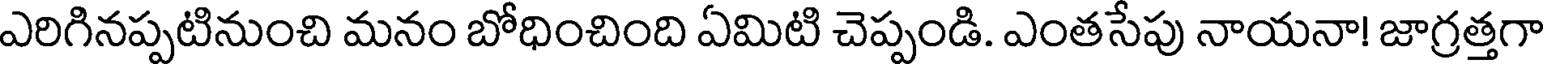
ఎరిగినప్పటినుంచి మనం బోధించింది ఏమిటి చెప్పండి. ఎంతసేపు నాయనా! జాగ్రత్తగా